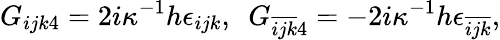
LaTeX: G_{ijk4}=2i\kappa^{-1}h\epsilon_{ijk},~~G_{\overline{{{ijk}}}4}=-2i\kappa^{-1}h\epsilon_{\overline{{{ijk}}}},